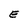
Character: E